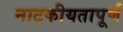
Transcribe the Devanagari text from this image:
नाटकीयतापूर्ण